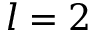
l = 2